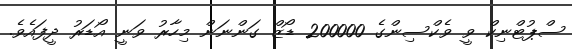
ސްޕުޓްނިކް ވީ ވެކްސިންގެ 200000 ޑޯޒް ގަންނަން މިހާރު ވަނީ އޯޑަރު ދީފައެވެ.